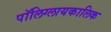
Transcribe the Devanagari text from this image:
पॉलिग्लायकालिक